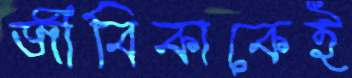
জীবিকাকেই